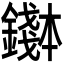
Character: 𬬌